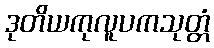
ဒုတိယကုလူပကသုတ္တံ